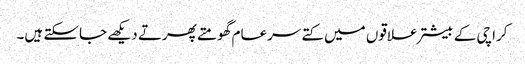
کراچی کے بیشتر علاقوں میں کتے سرعام گھومتے پھرتے دیکھے جاسکتے ہیں۔